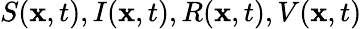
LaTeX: S(\mathbf{x},t),I(\mathbf{x},t),R(\mathbf{x},t),V(\mathbf{x},t)